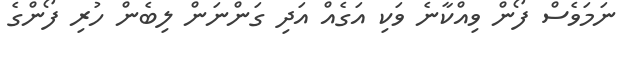
ނަމަވެެސް ފޯން ވިއްކާނެ ވަކި އަގެއް އަދި ގަންނަން ލިބެން ހުރި ފޯންގެ